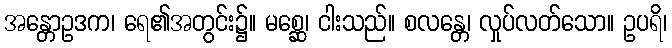
အန္တောဥဒက၊ ရေ၏အတွင်း၌။ မစ္ဆေ၊ ငါးသည်။ စလန္တေ၊ လှုပ်လတ်သော။ ဥပရိ၊